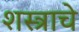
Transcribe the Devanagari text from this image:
शस्त्राचे